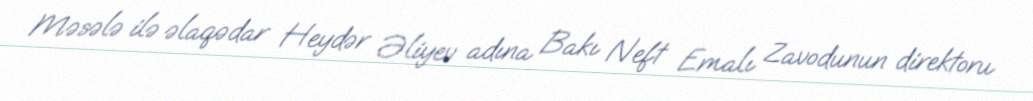
Məsələ ilə əlaqədar Heydər Əliyev adına Bakı Neft Emalı Zavodunun direktoru